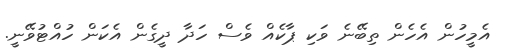
އެމީހުން އެހެން ތިބޭނެ ވަކި ޕާކެއް ވެސް ހަދާ ދީގެން އެކަން ހުއްޓުވޭނީ.